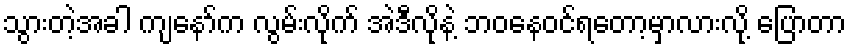
သွားတဲ့အခါ ကျနော်က လွမ်းလိုက် အဲဒီလိုနဲ့ ဘဝနေဝင်ရတော့မှာလားလို့ ပြောတာ